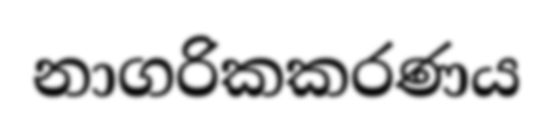
නාගරිකකරණය